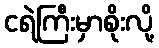
ငရဲကြီးမှာစိုးလို့